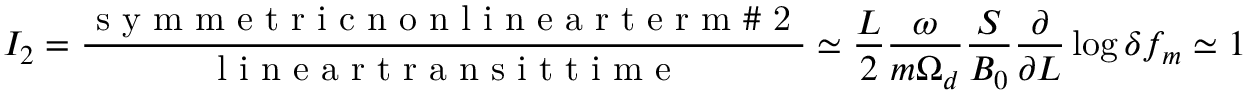
I _ { 2 } = \frac { \mathrm { ~ s ~ y ~ m ~ m ~ e ~ t ~ r ~ i ~ c ~ n ~ o ~ n ~ l ~ i ~ n ~ e ~ a ~ r ~ t ~ e ~ r ~ m ~ \# ~ 2 ~ } } { \mathrm { ~ l ~ i ~ n ~ e ~ a ~ r ~ t ~ r ~ a ~ n ~ s ~ i ~ t ~ t ~ i ~ m ~ e ~ } } \simeq \frac { L } { 2 } \frac { \omega } { m \Omega _ { d } } \frac { S } { B _ { 0 } } \frac { \partial } { \partial L } \log \delta f _ { m } \simeq 1 ,